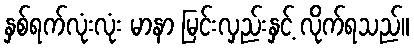
နှစ်ရက်လုံးလုံး မာနာ မြင်းလှည်းနှင့် လိုက်ရသည်။